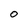
Character: 0